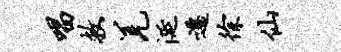
唱救羌涎迁徐仙